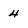
Character: 4